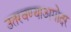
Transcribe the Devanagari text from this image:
उतरवण्याअगोदर